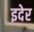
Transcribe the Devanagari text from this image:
इदेर